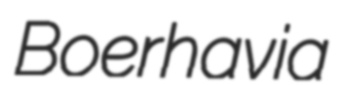
Boerhavia